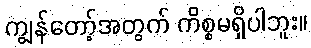
ကျွန်တော့်အတွက် ကိစ္စမရှိပါဘူး။